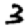
Digit: 3